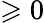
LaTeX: \geqslant 0